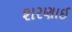
શરણાઈ